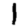
Digit: 1